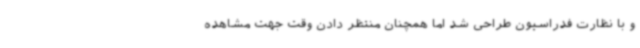
و با نظارت فدراسیون طراحی شد اما همچنان منتظر دادن وقت جهت مشاهده